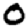
Digit: 0